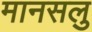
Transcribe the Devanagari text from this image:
मानसलु